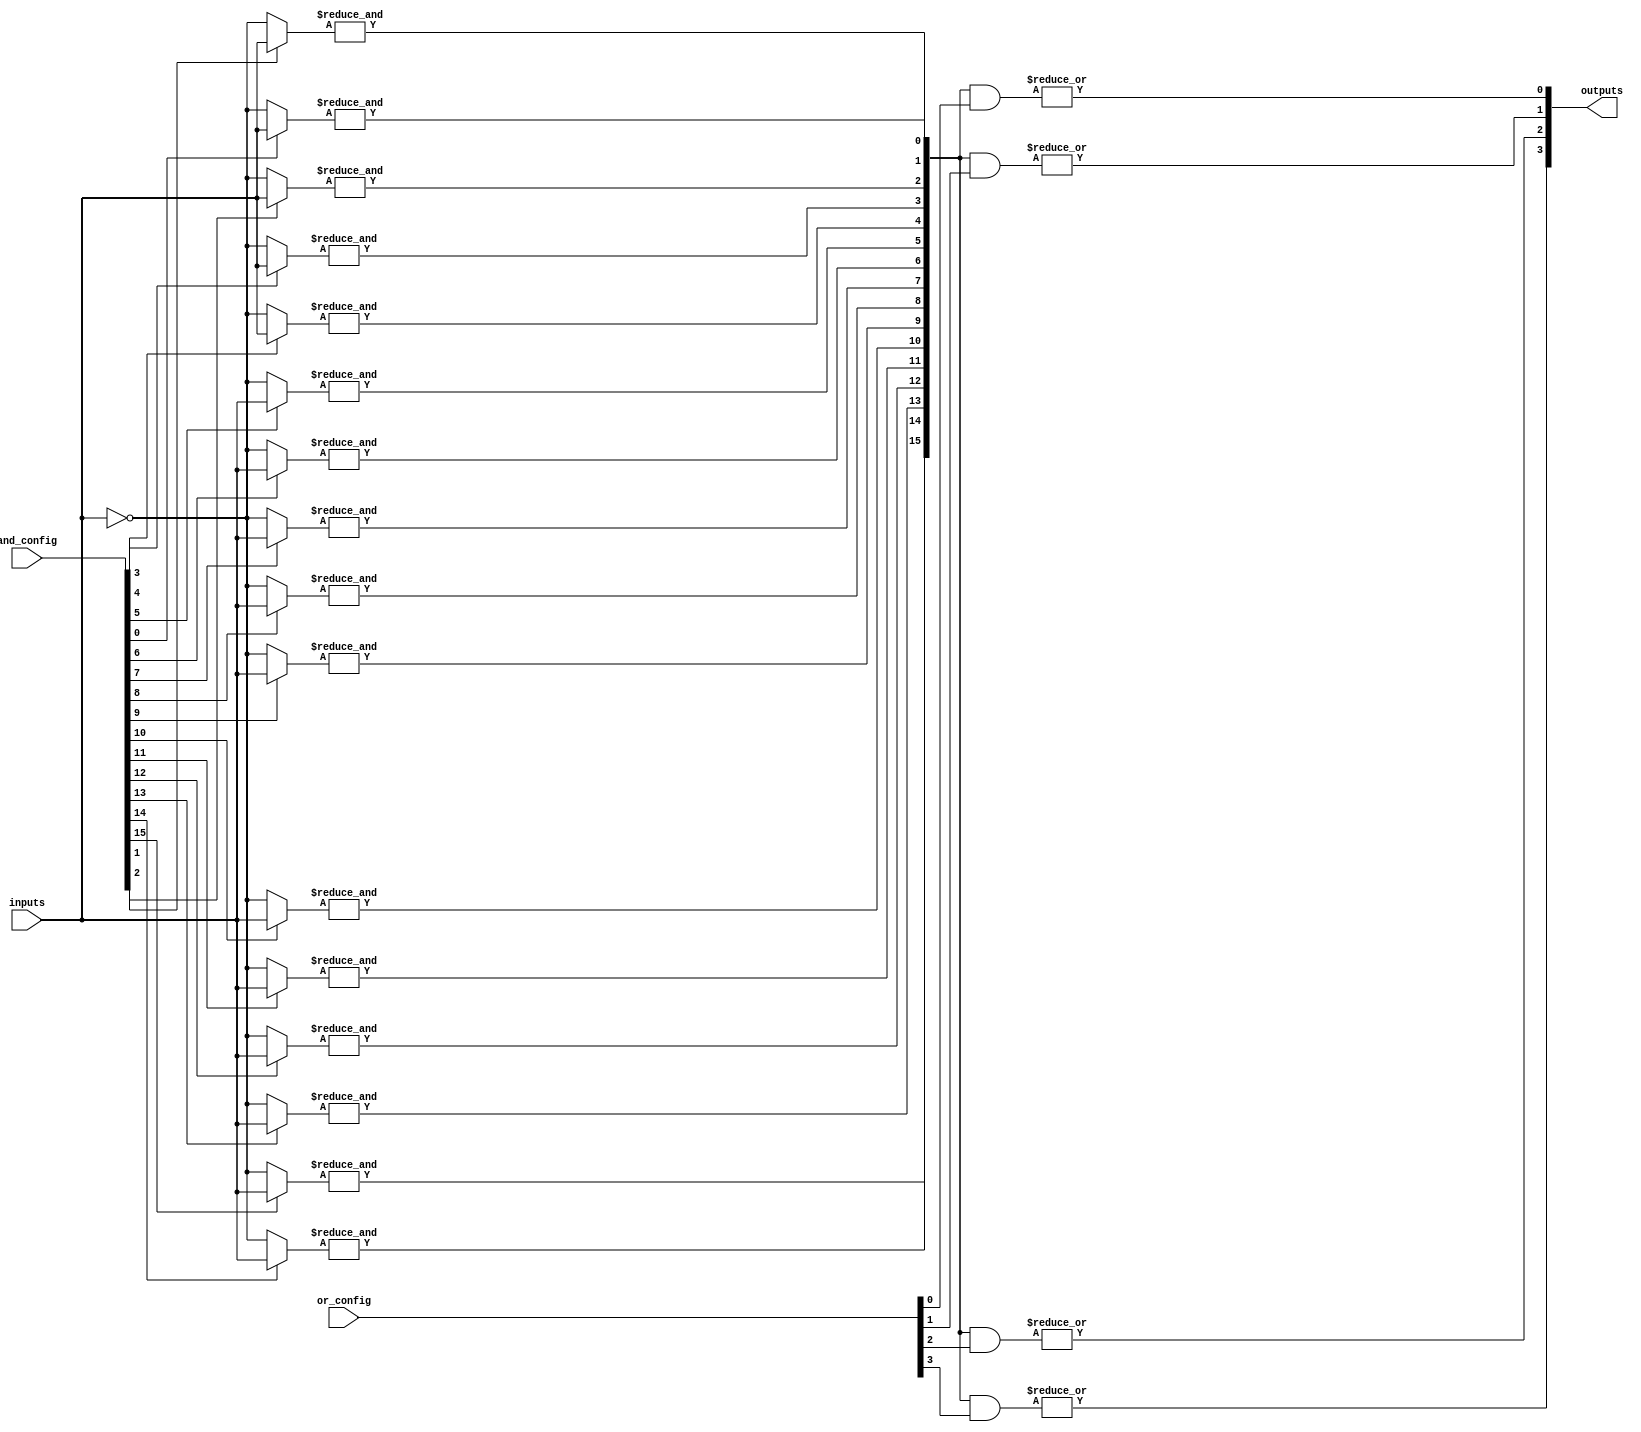
module SuperPAL #(
    parameter NUM_INPUTS = 8,        // Number of input lines
    parameter NUM_PRODUCT_TERMS = 16, // Number of product terms
    parameter NUM_OUTPUTS = 4         // Number of output lines
)(
    input wire [NUM_INPUTS-1:0] inputs,            // Input lines
    input wire [NUM_PRODUCT_TERMS-1:0] and_config, // AND array configuration
    input wire [NUM_PRODUCT_TERMS-1:0] or_config,  // OR array configuration
    output wire [NUM_OUTPUTS-1:0] outputs           // Output lines
);

    // Internal signals
    wire [NUM_PRODUCT_TERMS-1:0] product_terms;  // Product term outputs from AND array
    wire [NUM_OUTPUTS-1:0] or_terms;              // Sum of products for each output

    // Generate product terms using programmable AND array
    genvar i, j;
    generate
        for (i = 0; i < NUM_PRODUCT_TERMS; i = i + 1) begin : and_array
            wire [NUM_INPUTS-1:0] and_inputs;
            assign and_inputs = (and_config[i]) ? inputs : ~inputs; // Select input or its complement
            assign product_terms[i] = &and_inputs; // AND all inputs for this product term
        end
    endgenerate

    // Generate output using programmable OR array
    generate
        for (j = 0; j < NUM_OUTPUTS; j = j + 1) begin : or_array
            assign or_terms[j] = |(product_terms & or_config[j]); // OR selected product terms
        end
    endgenerate

    // Assign outputs
    assign outputs = or_terms;

endmodule